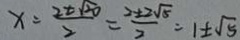
x = \frac { 2 \pm \sqrt { 2 0 } } { 2 } = \frac { 2 \pm 2 \sqrt { 5 } } { 2 } = 1 \pm \sqrt { 5 }